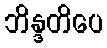
ဘိန္ဒတိပေ